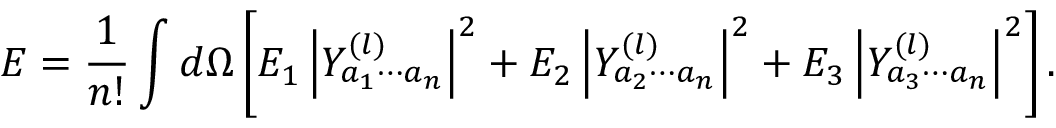
E = { \frac { 1 } { n ! } } \int d \Omega \left[ E _ { 1 } \left| Y _ { a _ { 1 } \cdots a _ { n } } ^ { ( l ) } \right| ^ { 2 } + E _ { 2 } \left| Y _ { a _ { 2 } \cdots a _ { n } } ^ { ( l ) } \right| ^ { 2 } + E _ { 3 } \left| Y _ { a _ { 3 } \cdots a _ { n } } ^ { ( l ) } \right| ^ { 2 } \right] .